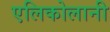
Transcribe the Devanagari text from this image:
एलिकोलानी